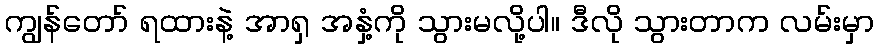
ကျွန်တော် ရထားနဲ့ အာရှ အနှံ့ကို သွားမလို့ပါ။ ဒီလို သွားတာက လမ်းမှာ